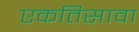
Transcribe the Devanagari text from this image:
एकतिसावा